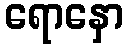
ရောနှော